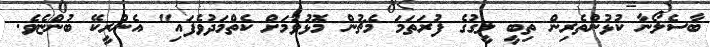
ބާސެލޯނާ ކުޅުންތެރިން ތިބީ ލީގުގެ ފުރަތަމަ މެޗުން މޮޅުވުމަށް ކެތްމަދުވެފައި" އެންރީކޭ ބުންޏެވެ.